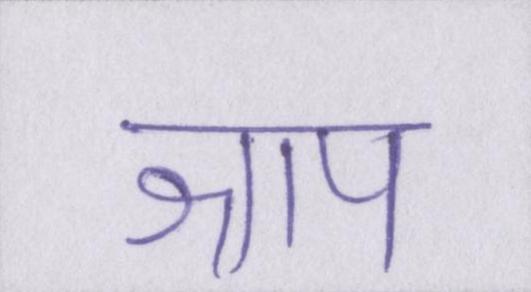
श्राप